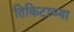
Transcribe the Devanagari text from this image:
तिकिटाच्या